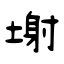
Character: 塮